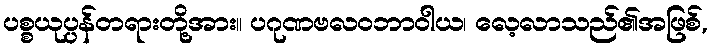
ပစ္စယုပ္ပန်တရားတို့အား။ ပဂုဏဗလဝဘာဝါယ၊ လေ့လာသည်၏အဖြစ်,